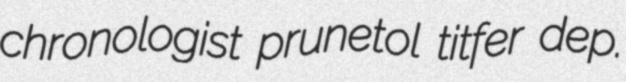
chronologist prunetol titfer dep.